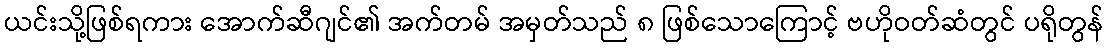
ယင်းသို့ဖြစ်ရကား အောက်ဆီဂျင်၏ အက်တမ် အမှတ်သည် ၈ ဖြစ်သောကြောင့် ဗဟိုဝတ်ဆံတွင် ပရိုတွန်